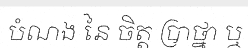
បំណង នៃ ចិត្ត ប្រាថ្នា ឬ